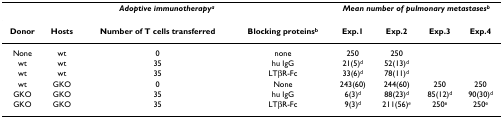
<table><thead><tr><td colspan="4"><b><i>Adoptive immunotherapy<sup>a</sup></i></b></td><td colspan="4"><b><i>Mean number of pulmonary metastases<sup>b</sup></i></b></td></tr></thead><tbody><tr><td><b>Donor</b></td><td><b>Hosts</b></td><td><b>Number of T cells transferred</b></td><td><b>Blocking proteins<sup>b</sup></b></td><td><b>Exp.1</b></td><td><b>Exp.2</b></td><td><b>Exp.3</b></td><td><b>Exp.4</b></td></tr><tr><td>None</td><td>wt</td><td>0</td><td>none</td><td>250</td><td>250</td><td></td><td></td></tr><tr><td>wt</td><td>wt</td><td>35</td><td>hu IgG</td><td>21(5)<sup>d</sup></td><td>52(13)<sup>d</sup></td><td></td><td></td></tr><tr><td>wt</td><td>wt</td><td>35</td><td>LTβR-Fc</td><td>33(6)<sup>d</sup></td><td>78(11)<sup>d</sup></td><td></td><td></td></tr><tr><td>wt</td><td>GKO</td><td>0</td><td>None</td><td>243(60)</td><td>244(60)</td><td>250</td><td>250</td></tr><tr><td>GKO</td><td>GKO</td><td>35</td><td>hu IgG</td><td>6(3)<sup>d</sup></td><td>88(23)<sup>d</sup></td><td>85(12)<sup>d</sup></td><td>90(30)<sup>d</sup></td></tr><tr><td>GKO</td><td>GKO</td><td>35</td><td>LTβR-Fc</td><td>9(3)<sup>d</sup></td><td>211(56)<sup><i>e</i></sup></td><td>250<sup>e</sup></td><td>250<sup>e</sup></td></tr></tbody></table>